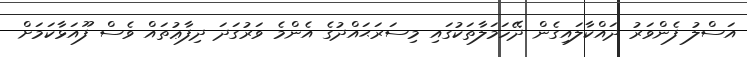
އަސްލު ފެންވަރު ދައްކާލައިގެން ދޭހަމަލާތަކުގައި މިސަރަޙައްދުގެ އެންމެ ވަރުގަދަ ދިފާޢުތައް ވެސް ފޫއަޅާކަމަށް